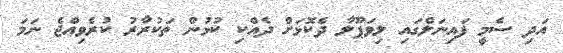
އަދި ސެމީ ފައިނަލްގައި ލިވަޕޫލާ ދެކޮޅަށް ދެއްކި ކުޅުން ތަކުރާރު ކުރެވިއްޖެ ނަމަ